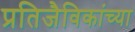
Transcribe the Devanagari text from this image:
प्रतिजैविकांच्या